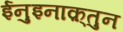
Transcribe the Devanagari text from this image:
ईनुइनाक़्तुन